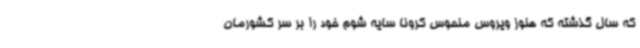
که سال گذشته که هنوز ویروس منحوس کرونا سایه شوم خود را بر سر کشورمان